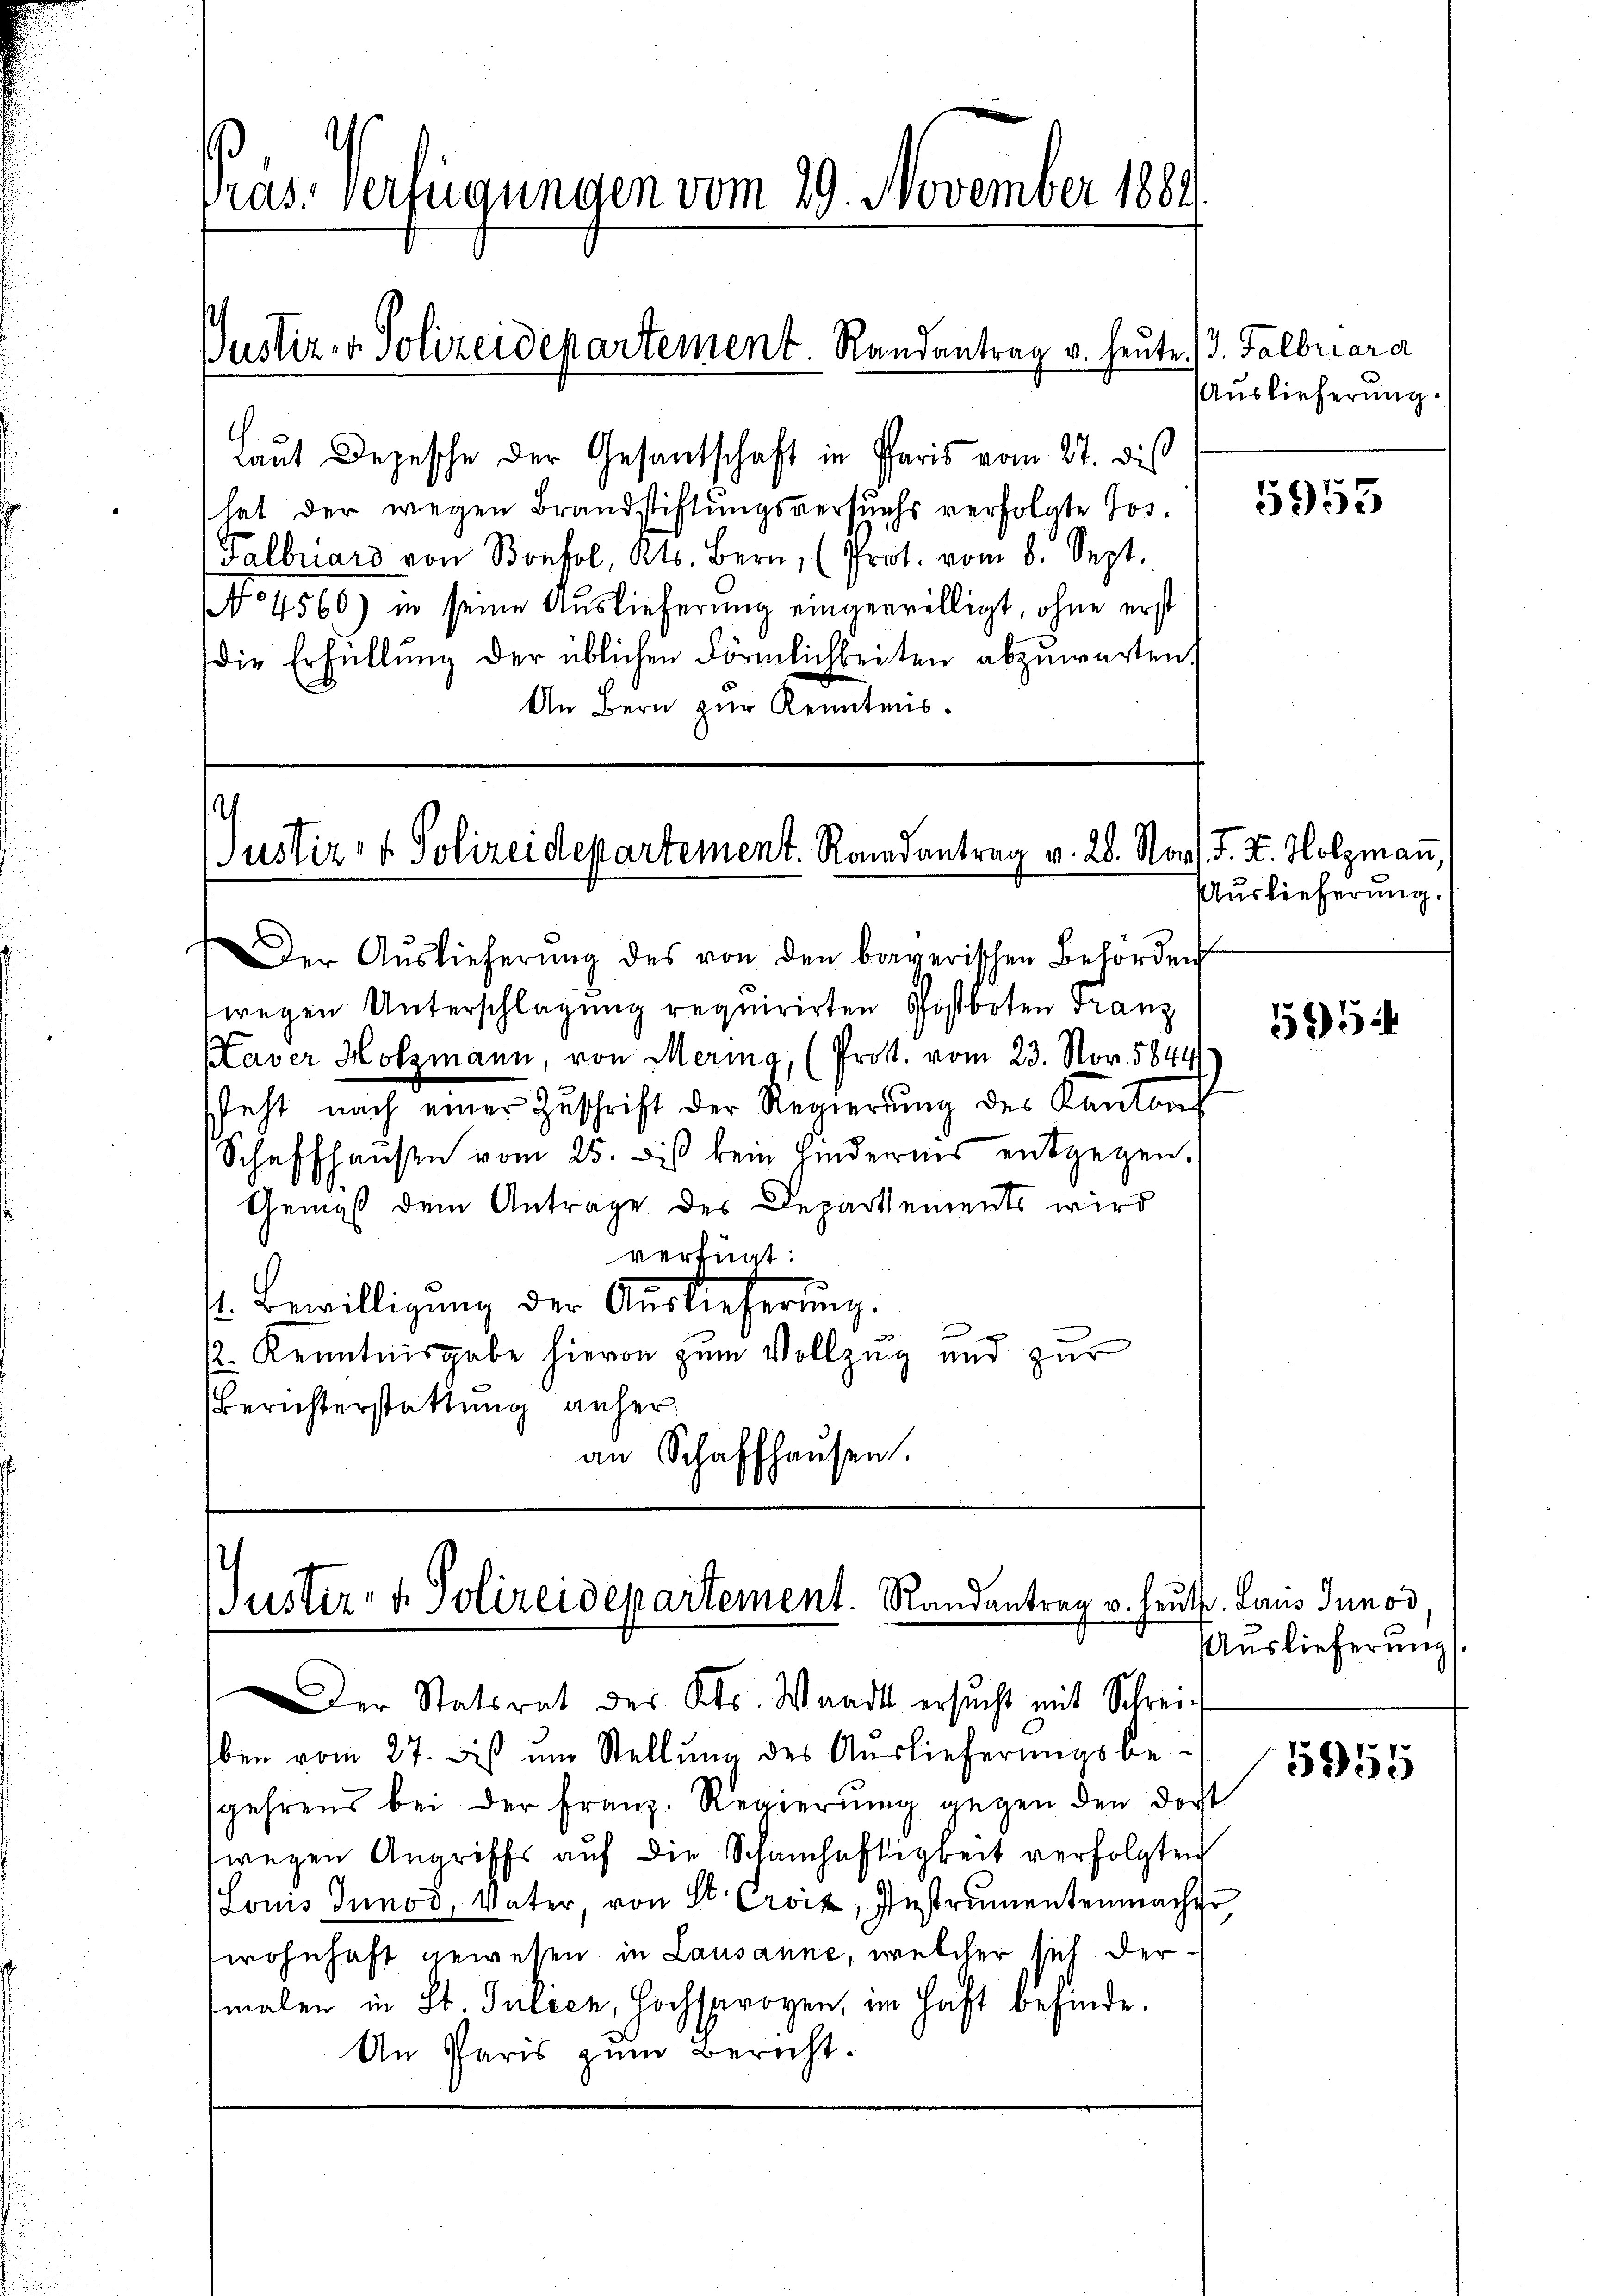
ras. Verfügungen vom 29. November 1882

Laut Depesche der Gesantschaft in Paris vom 27. dies
hat der wegen Brandstiftungsversuchs verfolgte Jos.
Falbriars von Bonfol, Kts. Bern, (Prot. vom 8. Sept.
No 4560) in seine Auslieferung eingewilligt, ohne erst
die Erfüllung der üblichen Förmlichkeiten abzuwarten.
An Bern zur Kenntnis¬

Justiz- & Polizeidepartement. Randantrag u. heute 3. Falbriara

i
Justiz- & Polizeidepartement. Randantrag v. 28. Nov. J. J. Holzmann,

Justiz- & Polizeidepartement. Randantrag v. heut. Laus Junod

Der Auslieferŭng des von den bayerischen Behörden
twegen Unterschlagung requirirten Postboten Franz
Kaver Holzmann, von Mering, (Prot. vom 23. Nov. 5844
seht nach einer Zuschrift der Regierung des Kantons
Schaffhausen vom 25. diß kein Hindernis entgegen.
Gemäß dem Antrage des Departements wird
verfügt:
s. Bewilligung der Auslieferung.
½. Kenntnisgabe hievon zum Vollzug und zur
Berichterstattung anheran Schaffhausen.

Auslieferung.

Der Statsrat des Kts. Waadt ersucht mit Schrei¬
Eben vom 27. bis im Stellŭng des Auslieferungsbe-
gehrens bei der Franz. Regierŭng gegen den dort
wegen Angriffs auf die Schamhaftigkeit verfolgten
Louis Innod, Vater, von St. Croix, Instrumentenmacher
wohnhaft gewesen in Lausanne, welcher sich dermalen in St. Gulden, Hochsprogen, im Haft befinde.
An Paris zum Bericht.

5953

Auslieferung.

55

Auslieferung

5955